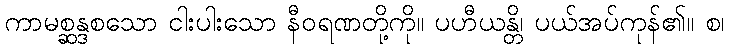
ကာမစ္ဆန္ဒစသော ငါးပါးသော နီဝရဏတို့ကို။ ပဟီယန္တိ၊ ပယ်အပ်ကုန်၏။ စ၊